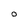
Character: O